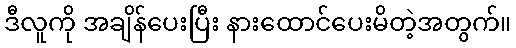
ဒီလူကို အချိန်ပေးပြီး နားထောင်ပေးမိတဲ့အတွက်။